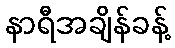
နာရီအချိန်ခန့်